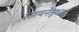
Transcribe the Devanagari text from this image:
रसायनेसुध्दा